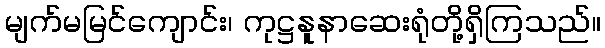
မျက်မမြင်ကျောင်း၊ ကုဋ္ဌနူနာဆေးရုံတို့ရှိကြသည်။